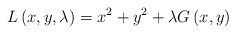
\begin{align*}L\left( {x,y,\lambda} \right) = x^2 + y^2 + \lambda G\left( {x,y} \right)\end{align*}